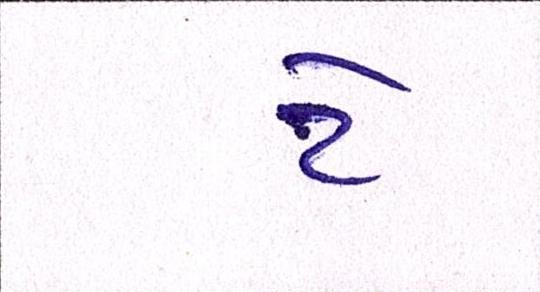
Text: ટે